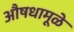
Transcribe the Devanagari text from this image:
औषधामूळे